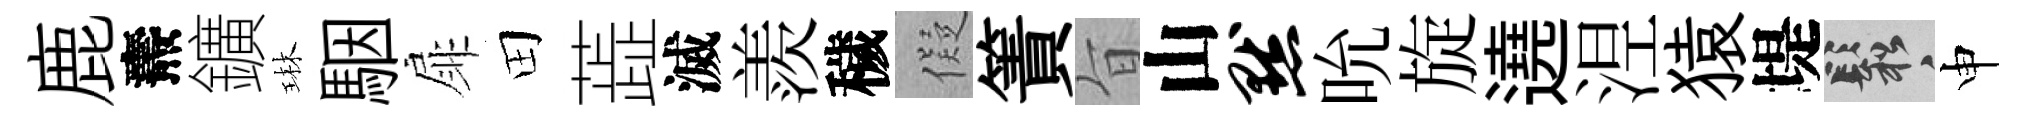
鹿燾鑛琳駰扉田蕋滅羨穢儗簀旨山默吮旋遶𣵀猿堤鬆申